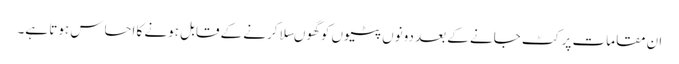
ان مقامات پر کٹ جانے کے بعد دونوں پٹیوں کو گھوںسلا کرنے کے قابل ہونے کا احساس ہوتا ہے۔